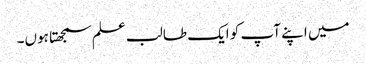
میں اپنے آپ کو ایک طالب علم سمجھتا ہوں۔